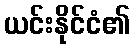
ယင်းနိုင်ငံ၏